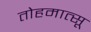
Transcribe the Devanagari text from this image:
तोहमात्सू